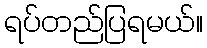
ရပ်တည်ပြရမယ်။